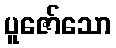
ပူဇော်သော